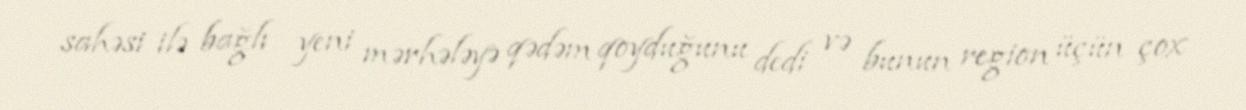
sahəsi ilə bağlı yeni mərhələyə qədəm qoyduğunu dedi və bunun region üçün çox